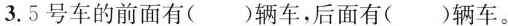
3.5号车的前面有( )辆车，后面有( )辆车。